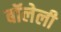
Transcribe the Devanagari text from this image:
बॉलेली